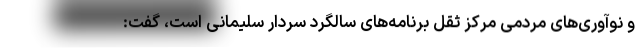
و نوآوری‌های مردمی مرکز ثقل برنامه‌های سالگرد سردار سلیمانی است، گفت: